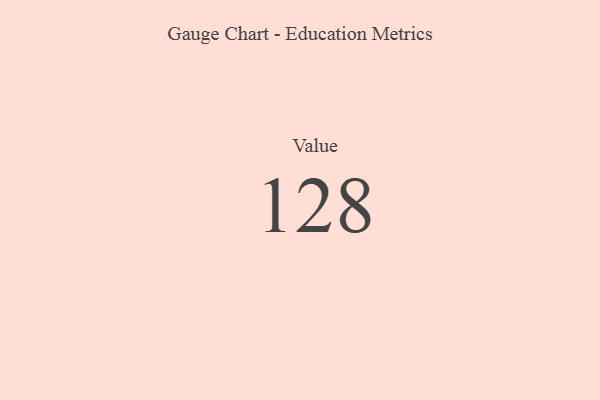
{"axis": {"x": "Metric", "y": "Value"}, "legend": [""], "data": [{"x": "Value", "y": 128, "type": ""}]}